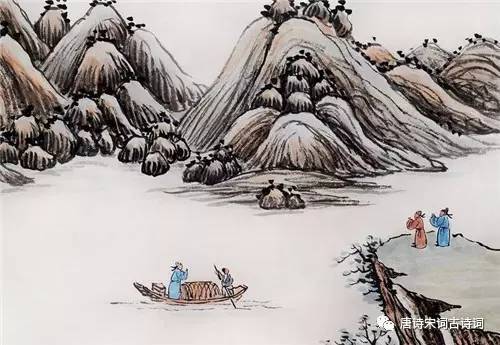
东武望余杭，云海天涯两渺茫。